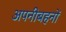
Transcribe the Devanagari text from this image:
अपनीबहनों